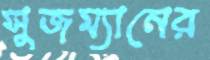
সুজম্যানের